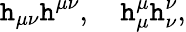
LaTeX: \mathtt{h}_{\mu\nu}\mathtt{h}^{\mu\nu},\quad\mathtt{h}_{\mu}^{\mu}\mathtt{h}_{\nu}^{\nu},